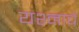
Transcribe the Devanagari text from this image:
यश्नाचे